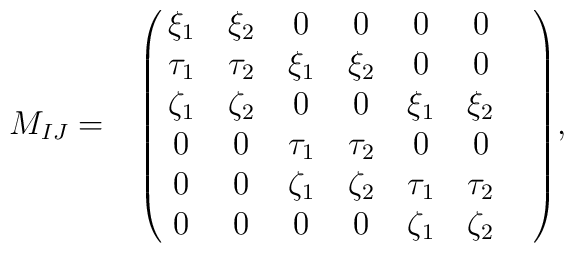
M_{IJ}=\bordermatrix{      & {\ } &{\ }& {\ }& {\ }& {\ } &{\ } \cr {\ } & \xi_1 & \xi_2 & 0 & 0 & 0 & 0 \cr {\ } & \tau_1  & \tau_2   & \xi_1 & \xi_2 & 0 & 0 \cr {\ } & \zeta_1 & \zeta_2 & 0 & 0 & \xi_1 & \xi_2 \cr {\ } & 0 & 0 & \tau_1 & \tau_2 & 0 & 0 & \cr {\ } & 0 & 0 & \zeta_1 & \zeta_2 & \tau_1 & \tau_2  \cr {\ } & 0 & 0 & 0 & 0 & \zeta_1 & \zeta_2 \cr},